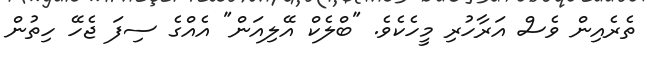
ތެރެއިން ވެސް އަރާހުރި މީހެކެވެ. "ބްލެކް އޭލިއަން" އެއްގެ ސިފަ ޖެހޭ ހިތުން